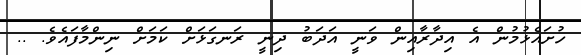
ހުށައެޅުމުން އެ އިދާރާއިން ވަނީ އަދަބު ދިނީ ރަނގަޅަށް ކަމަށް ނިންމާފައެވެ. ..